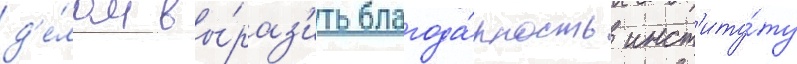
д'е́лом вы́раз'ить благода́рность инст'иту́ту